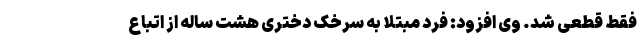
فقط قطعی شد. وی افزود: فرد مبتلا به سرخک دختری هشت ساله از اتباع